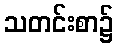
သတင်းစာ၌